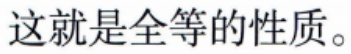
这就是全等的性质。